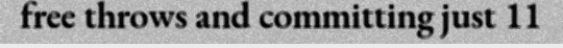
free throws and committing just 11